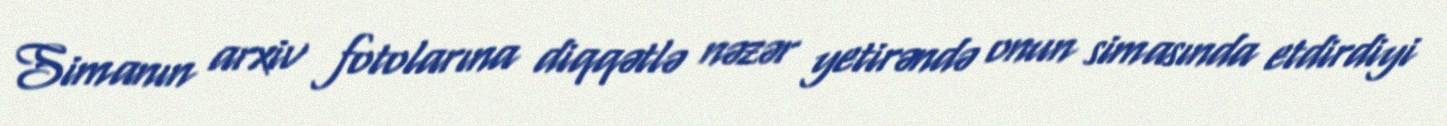
Simanın arxiv fotolarına diqqətlə nəzər yetirəndə onun simasında etdirdiyi